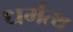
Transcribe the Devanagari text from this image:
धर्मत्थ